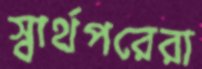
স্বার্থপরেরা